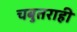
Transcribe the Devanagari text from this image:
चबुतराही